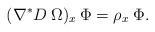
LaTeX: \begin{align*}(\nabla^*D \: \Omega)_x \: \Phi = \rho_x \: \Phi .\end{align*}